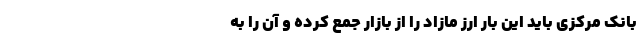
بانک مرکزی باید این بار ارز مازاد را از بازار جمع کرده و آن را به